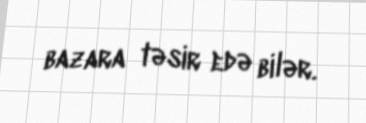
bazara təsir edə bilər.